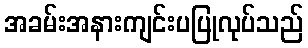
အခမ်းအနားကျင်းပပြုလုပ်သည်